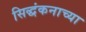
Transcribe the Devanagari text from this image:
सिद्धंकनाच्या